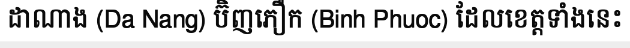
ដាណាង (Da Nang) ប៊ិញភឿក (Binh Phuoc) ដែលខេត្តទាំងនេះ